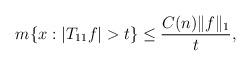
LaTeX: \begin{align*}m\{x:|T_{11}f|>t\}&\le \frac{C(n)\|f\|_1}{t},\end{align*}